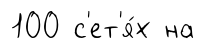
100 с'ет'я́х на